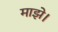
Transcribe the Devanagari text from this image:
माझे।